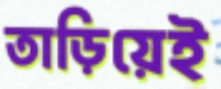
তাড়িয়েই